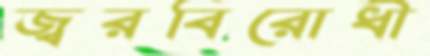
জ্বরবিরোধী